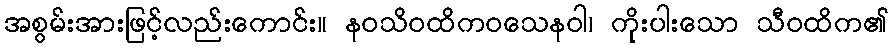
အစွမ်းအားဖြင့်လည်းကောင်း။ နဝသိဝထိကဝသေနဝါ၊ ကိုးပါးသော သီဝထိက၏